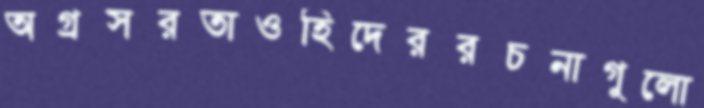
অগ্রসরতাওহিদেররচনাগুলো